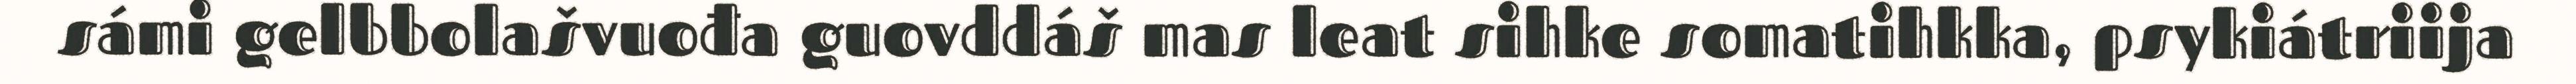
sámi gelbbolašvuođa guovddáš mas leat sihke somatihkka, psykiátriija